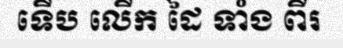
ទើប លើក ដៃ ទាំង ពីរ